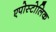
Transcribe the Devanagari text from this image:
एपोस्टोलिक